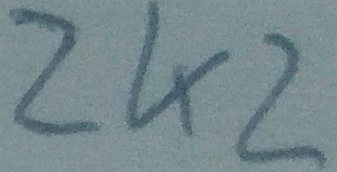
Text: 2K2